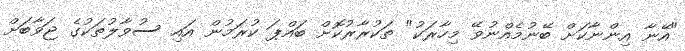
"އޭނާ އިންނާކަށް ބޭނުމެއްނުވޭ މިހާރަކު" ތަކުރާރުކޮށް ބައްޕަ ކުރަމުން އައި ސުވާލުތަކުގެ ޖަވާބަށް